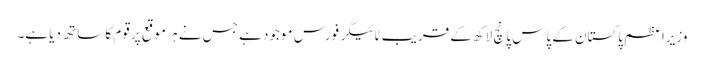
وزیراعظم پاکستان کے پاس پانچ لاکھ کے قریب ٹائیگر فورس موجود ہے جس نے ہر موقع پر قوم کا ساتھ دیا ہے۔